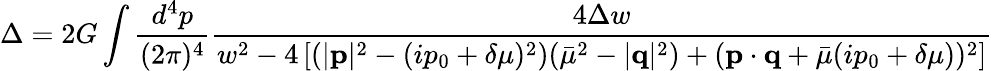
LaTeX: \Delta=2G\int\frac{d^{4}p}{(2\pi)^{4}}\frac{4\Delta w}{w^{2}-4\left[(|{\mathbf p}|^{2}-(ip_{0}+\delta\mu)^{2})(\bar{\mu}^{2}-|{\mathbf q}|^{2})+({\mathbf p}\cdot{\mathbf q}+\bar{\mu}(ip_{0}+\delta\mu))^{2}\right]}